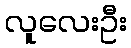
လူလေးဦး